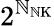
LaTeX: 2^{\mathbb{N}_{\mathrm{{\mathbb{N}K}}}}